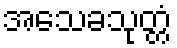
အသေခသုတ္တံ